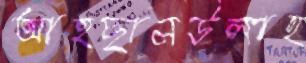
আহছানউলাহ